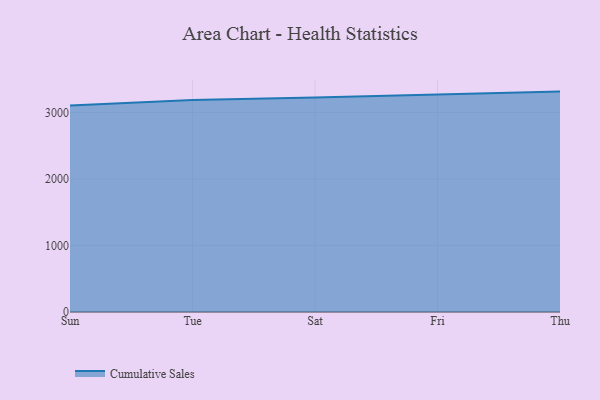
{"axis": {"x": "Day", "y": "Revenue (USD Million)"}, "legend": ["Cumulative Sales"], "data": [{"x": "Sun", "y": 3104.7, "type": "Cumulative Sales"}, {"x": "Tue", "y": 3187.2, "type": "Cumulative Sales"}, {"x": "Sat", "y": 3226.7, "type": "Cumulative Sales"}, {"x": "Fri", "y": 3276.3, "type": "Cumulative Sales"}, {"x": "Thu", "y": 3315.0, "type": "Cumulative Sales"}]}